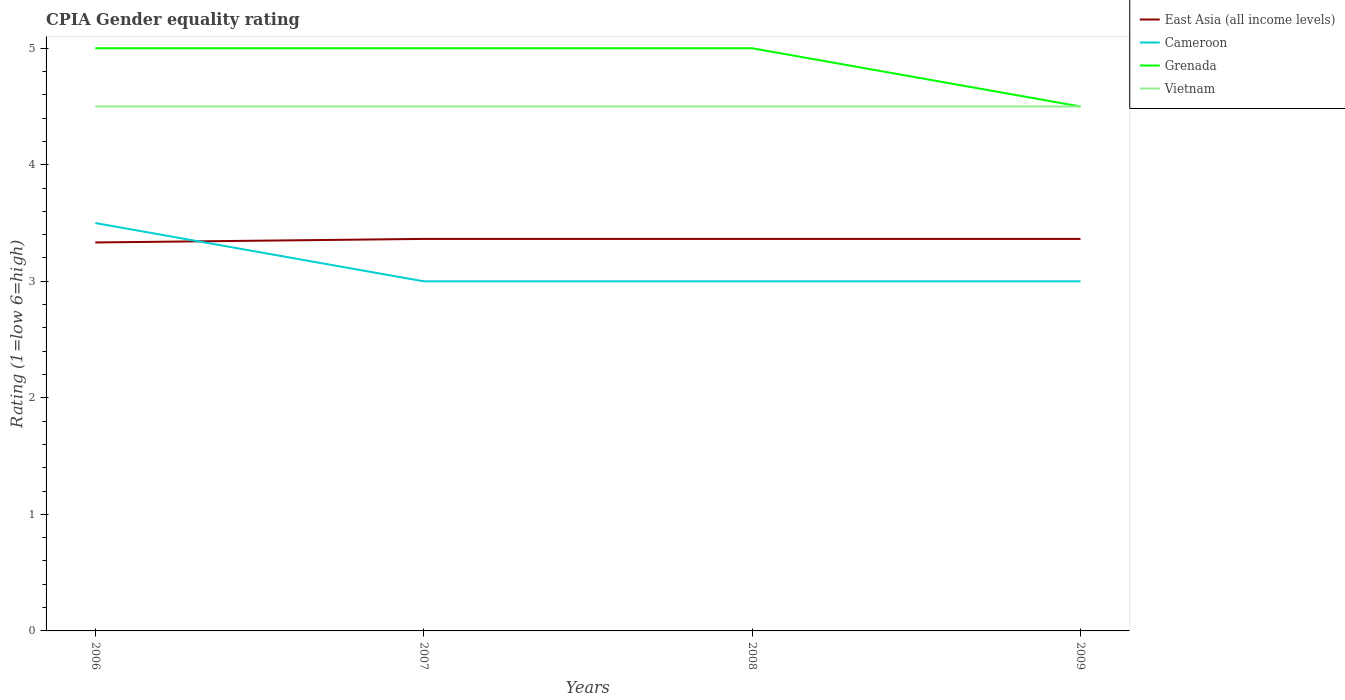
| Years | East Asia (all income levels) | Cameroon | Grenada | Vietnam |
 | --- | --- | --- | --- | --- |
 | 2006 | 3.33 | 3.5 | 5 | 4.5 |
 | 2007 | 3.36 | 3 | 5 | 4.5 |
 | 2008 | 3.36 | 3 | 5 | 4.5 |
 | 2009 | 3.36 | 3 | 4.5 | 4.5 |